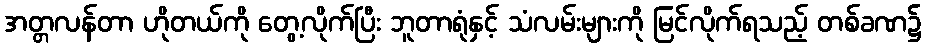
အတ္တလန်တာ ဟိုတယ်ကို တွေ့လိုက်ပြီး ဘူတာရုံနှင့် သံလမ်းများကို မြင်လိုက်ရသည့် တစ်ခဏ၌